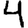
Digit: 4